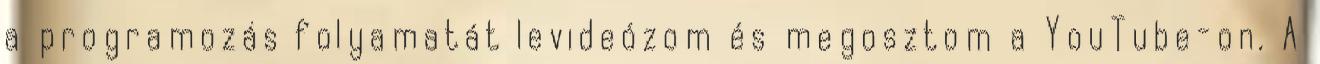
a programozás folyamatát levideózom és megosztom a YouTube-on. A